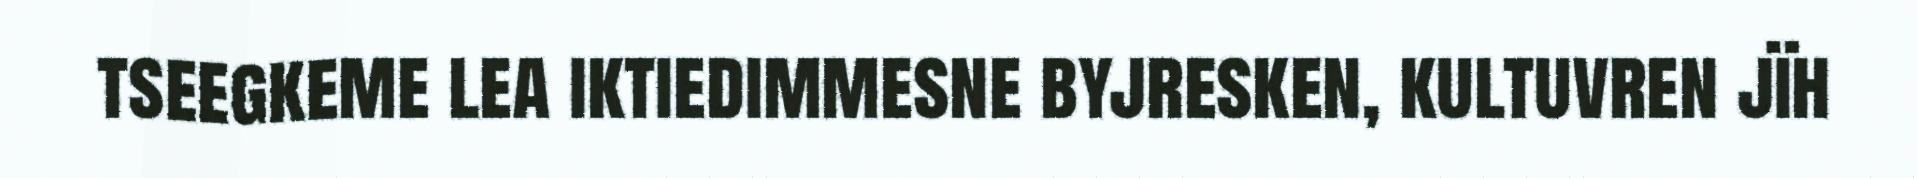
tseegkeme lea iktiedimmesne byjresken, kultuvren jïh